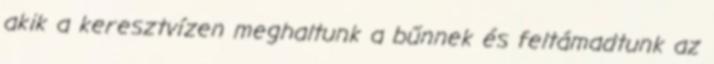
akik a keresztvízen meghaltunk a bűnnek és feltámadtunk az